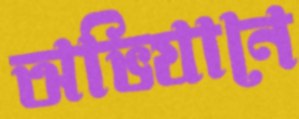
অভিযানে